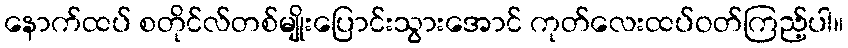
နောက်ထပ် စတိုင်လ်တစ်မျိုးပြောင်းသွားအောင် ကုတ်လေးထပ်ဝတ်ကြည့်ပါ။